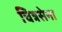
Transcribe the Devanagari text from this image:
चित्रसेना